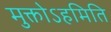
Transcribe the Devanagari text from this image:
मुक्तोऽहमिति